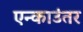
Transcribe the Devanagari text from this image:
एन्काउंतर